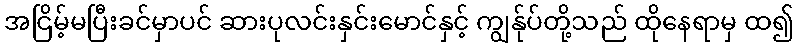
အငြိမ့်မပြီးခင်မှာပင် ဆားပုလင်းနှင်းမောင်နှင့် ကျွန်ုပ်တို့သည် ထိုနေရာမှ ထ၍